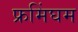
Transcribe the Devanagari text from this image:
फ्रमिंघम